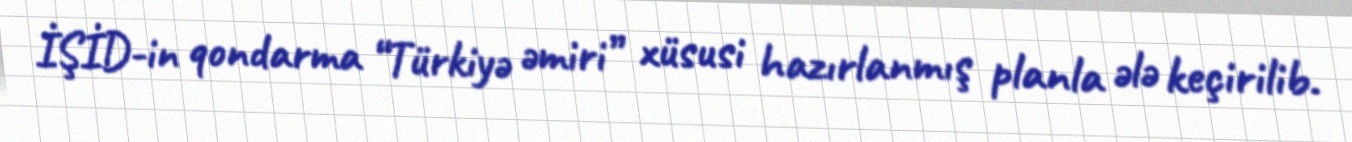
İŞİD-in qondarma “Türkiyə əmiri” xüsusi hazırlanmış planla ələ keçirilib.